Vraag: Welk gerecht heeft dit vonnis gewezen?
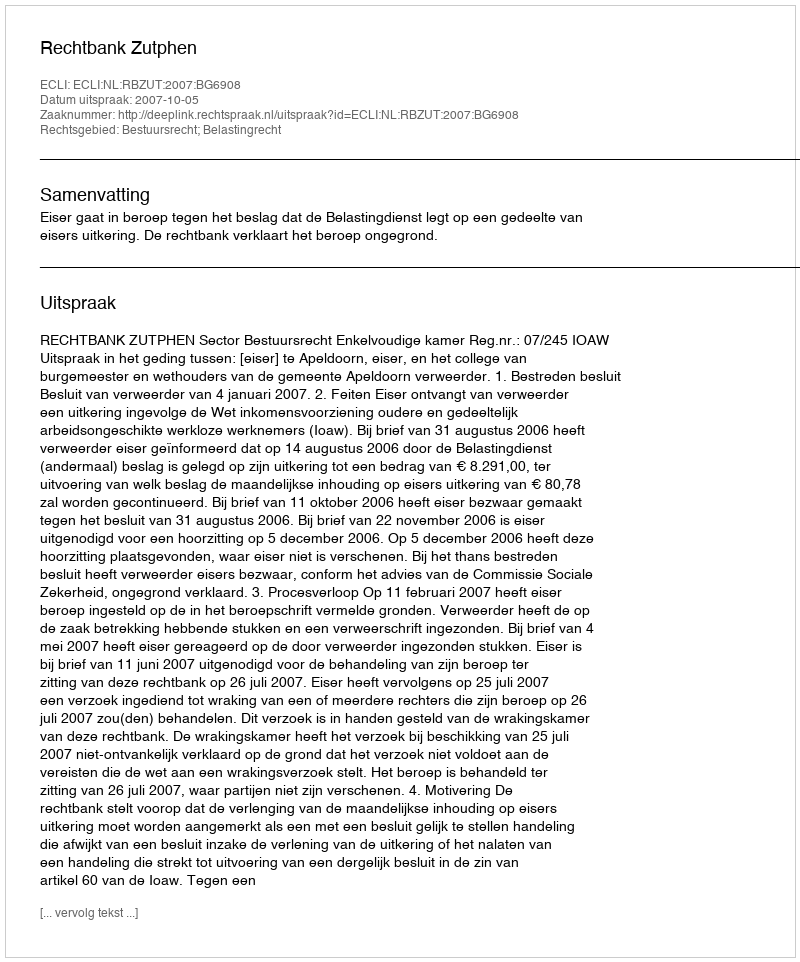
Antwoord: Rechtbank Zutphen